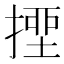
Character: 𢲖